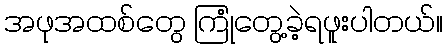
အဖုအထစ်တွေ ကြုံတွေ့ခဲ့ရဖူးပါတယ်။